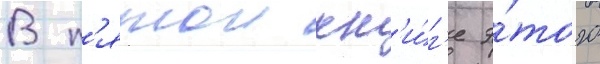
В п'ятои кн'и́г'е э́того